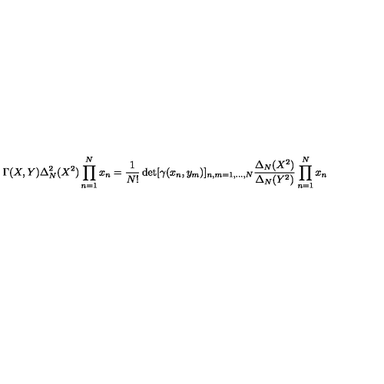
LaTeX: \Gamma ( X , Y ) \Delta _ { N } ^ { 2 } ( X ^ { 2 } ) \prod _ { n = 1 } ^ { N } x _ { n } = \frac { 1 } { N ! } \det [ \gamma ( x _ { n } , y _ { m } ) ] _ { n , m = 1 , \ldots , N } \frac { \Delta _ { N } ( X ^ { 2 } ) } { \Delta _ { N } ( Y ^ { 2 } ) } \prod _ { n = 1 } ^ { N } x _ { n }